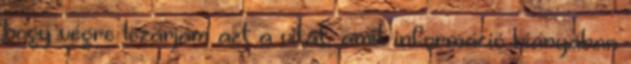
hogy végre lezárjam azt a vitát, amit információ hiányában